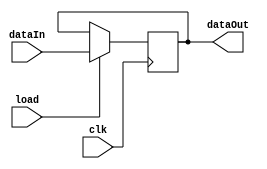
module registrador (input [7:0]dataIn, input clk, load, output reg [7:0]dataOut);

  always @ (posedge clk) begin
    
    if(load == 1)
      dataOut = dataIn;
  end

endmodule